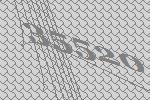
35520